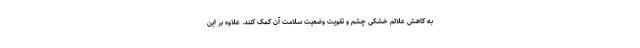
به کاهش علائم خشکی چشم و تقویت وضعیت سلامت آن کمک کنند. علاوه بر این